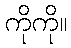
ကိုကို။